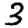
Digit: 3